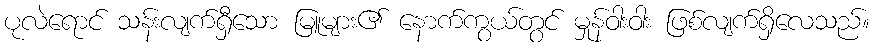
ပုလဲရောင် သန်းလျက်ရှီသော မြူများ၏ နောက်ကွယ်တွင် မှုန်ဝါးဝါး ဖြစ်လျက်ရှိလေသည်။